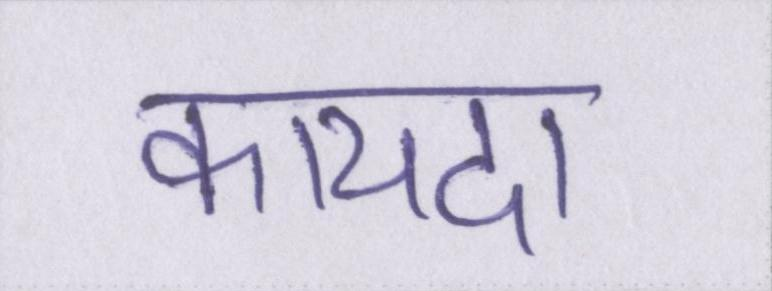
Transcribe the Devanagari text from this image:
कायदा